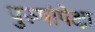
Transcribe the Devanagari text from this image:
पुरूषांपेक्षा